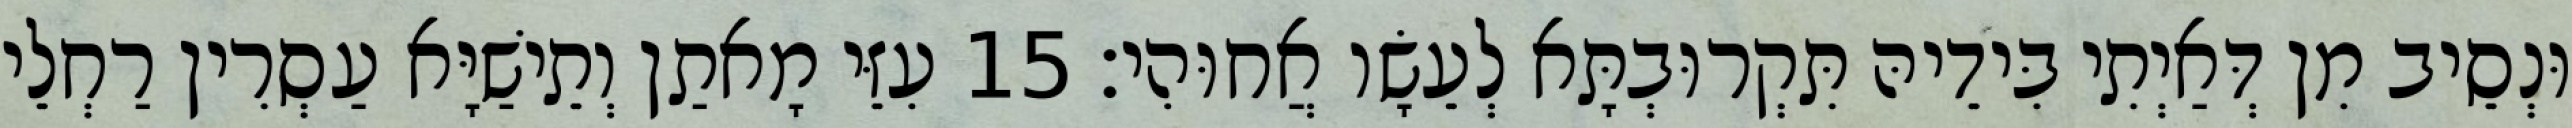
וּנְסֵיב מִן דְּאַיְתִי בִּידֵיהּ תִּקְרוּבְתָּא לְעֵשָׂו אֲחוּהִי׃ 15 עִזֵּי מָאתַן וְתֵישַׁיָּא עַסְרִין רַחְלֵי